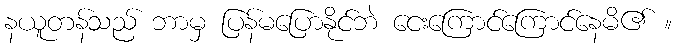
နယူတန်သည် ဘာမှ ပြန်မပြောနိုင်ဘဲ ငေးကြောင်ကြောင်နေမိ၏ ။